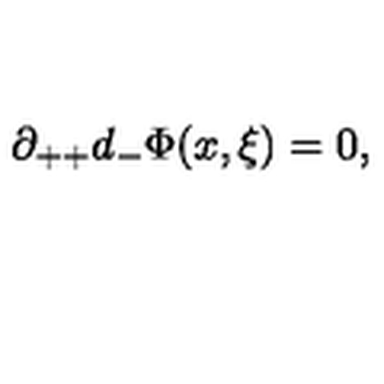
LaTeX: \partial _ { + + } d _ { - } \Phi ( x , \xi ) = 0 ,